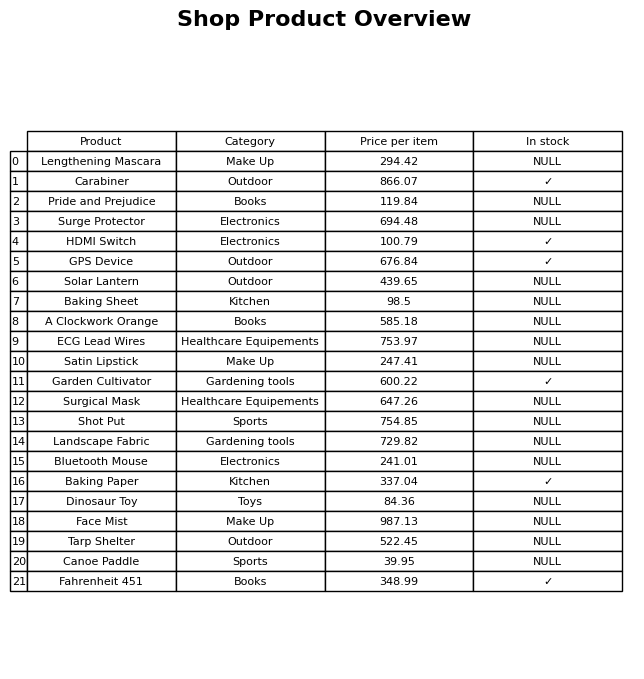
question: What is the price of the A Clockwork Orange?
answer: The price of A Clockwork Orange is 585.18.